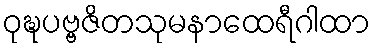
ဝုဍ္ဎပဗ္ဗဇိတသုမနာထေရီဂါထာ